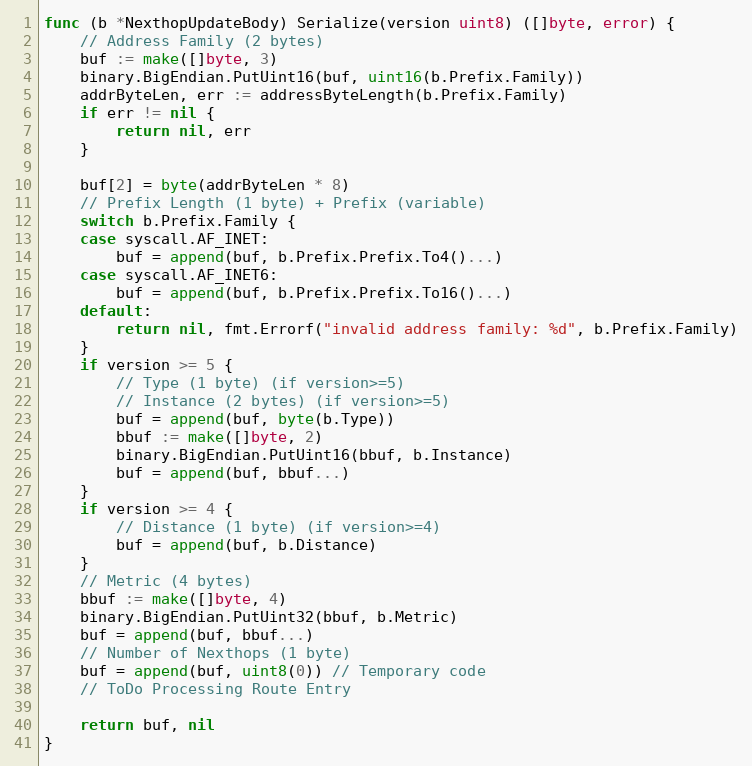
Language: Go
func (b *NexthopUpdateBody) Serialize(version uint8) ([]byte, error) {
	// Address Family (2 bytes)
	buf := make([]byte, 3)
	binary.BigEndian.PutUint16(buf, uint16(b.Prefix.Family))
	addrByteLen, err := addressByteLength(b.Prefix.Family)
	if err != nil {
		return nil, err
	}

	buf[2] = byte(addrByteLen * 8)
	// Prefix Length (1 byte) + Prefix (variable)
	switch b.Prefix.Family {
	case syscall.AF_INET:
		buf = append(buf, b.Prefix.Prefix.To4()...)
	case syscall.AF_INET6:
		buf = append(buf, b.Prefix.Prefix.To16()...)
	default:
		return nil, fmt.Errorf("invalid address family: %d", b.Prefix.Family)
	}
	if version >= 5 {
		// Type (1 byte) (if version>=5)
		// Instance (2 bytes) (if version>=5)
		buf = append(buf, byte(b.Type))
		bbuf := make([]byte, 2)
		binary.BigEndian.PutUint16(bbuf, b.Instance)
		buf = append(buf, bbuf...)
	}
	if version >= 4 {
		// Distance (1 byte) (if version>=4)
		buf = append(buf, b.Distance)
	}
	// Metric (4 bytes)
	bbuf := make([]byte, 4)
	binary.BigEndian.PutUint32(bbuf, b.Metric)
	buf = append(buf, bbuf...)
	// Number of Nexthops (1 byte)
	buf = append(buf, uint8(0)) // Temporary code
	// ToDo Processing Route Entry

	return buf, nil
}